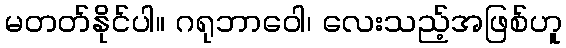
မတတ်နိုင်ပါ။ ဂရုဘာဝေါ၊ လေးသည့်အဖြစ်ဟူ